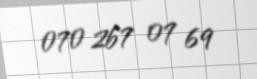
070 267 07 69